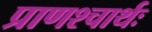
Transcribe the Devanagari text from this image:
प्राणश्चार्थः